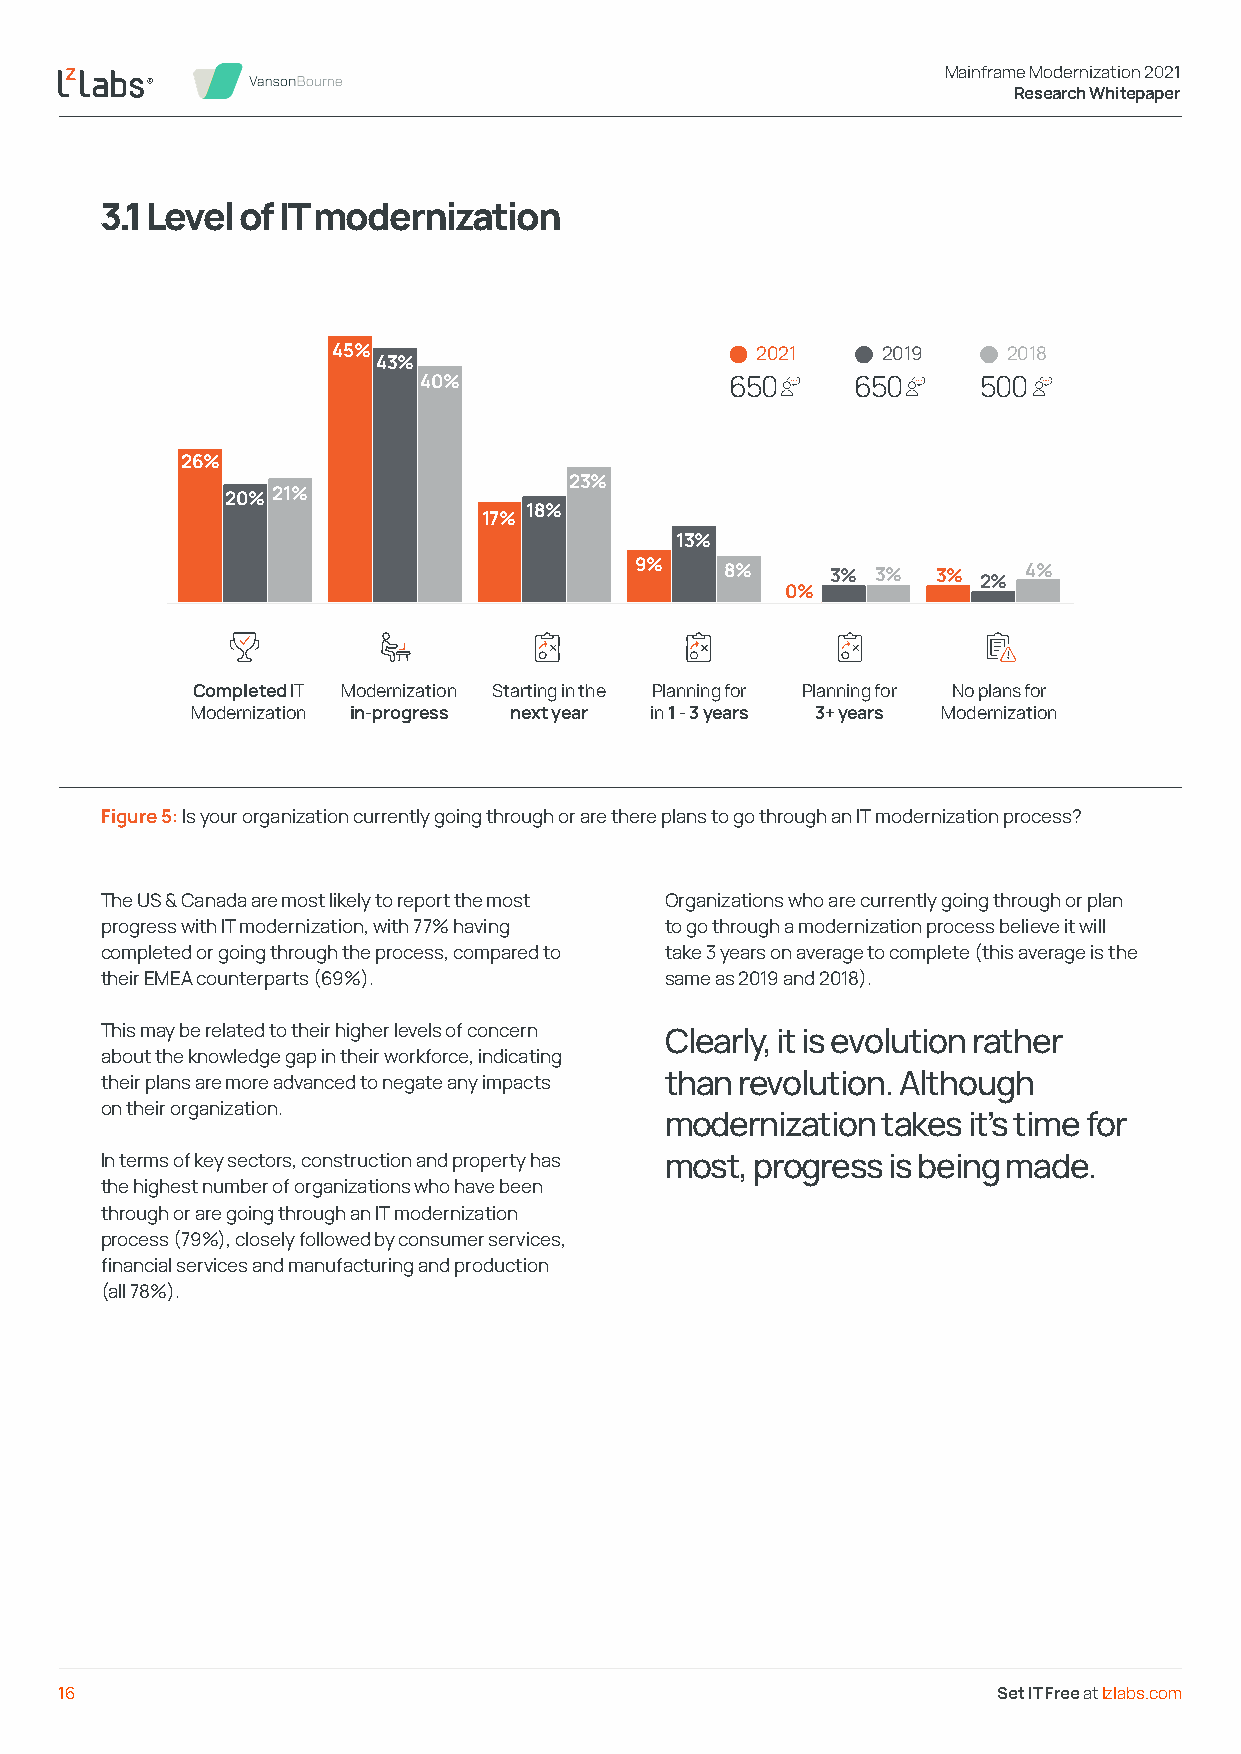
Mainframe Modernization 2021
 Research Whitepaper
 3.1 Level of IT modernization
 45%                         2021    2019     2018
 43%
 40%                 650      650     500
 26%
 23%
 20% 21%
 18%
 17%
 13%
 9%    8%     3% 3%  3% 2% 4%
 0%
 Completed IT Modernization Starting in the Planning for Planning for No plans for
 Modernization in-progress next year in 1 - 3 years 3+ years Modernization
 Figure 5: Is your organization currently going through or are there plans to go through an IT modernization process?
 The US & Canada are most likely to report the most Organizations who are currently going through or plan
 progress with IT modernization, with 77% having to go through a modernization process believe it will
 completed or going through the process, compared to take 3 years on average to complete (this average is the
 their EMEA counterparts (69%).       same as 2019 and 2018).
 This may be related to their higher levels of concern Clearly, it is evolution rather
 about the knowledge gap in their workforce, indicating
 their plans are more advanced to negate any impacts than revolution. Although
 on their organization.
 modernization takes it’s time for
 In terms of key sectors, construction and property has most, progress is being made.
 the highest number of organizations who have been
 through or are going through an IT modernization
 process (79%), closely followed by consumer services,
 financial services and manufacturing and production
 (all 78%).
 16                                                            Set IT Free at lzlabs.com